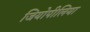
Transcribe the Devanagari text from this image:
जियोपीलिया